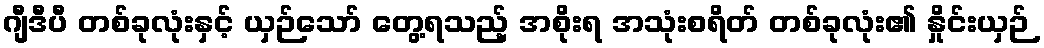
ဂျီဒီပီ တစ်ခုလုံးနှင့် ယှဉ်သော် တွေ့ရသည့် အစိုးရ အသုံးစရိတ် တစ်ခုလုံး၏ နှိုင်းယှဉ်